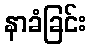
နာခံခြင်း